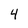
Character: 4